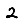
Digit: 2